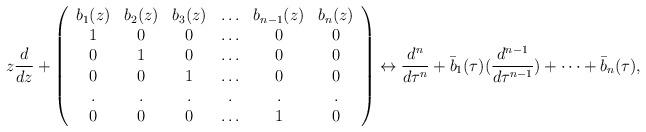
LaTeX: \begin{align*}z\frac{d}{dz}+\left( \begin{array}{cccccc}b_{1}(z)&b_{2}(z)&b_{3}(z)&\ldots&b_{n-1}(z)&b_{n}(z)\\1&0&0&\ldots&0&0\\0&1&0&\ldots&0&0\\0&0&1&\ldots&0&0\\.&.&.&.&.&.\\0&0&0&\ldots&1&0 \end{array}\right)\leftrightarrow \frac{d^n}{d\tau^n}+\bar{b}_{1}(\tau)(\frac{d^{n-1}}{d\tau^{n-1}})+\cdots+\bar{b}_{n}(\tau),\end{align*}